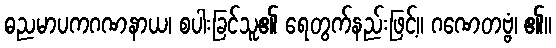
ဓညမာပကဂဏနာယ၊ စပါးခြင်သူ၏ ရေတွက်နည်းဖြင့်။ ဂဏေတဗ္ဗံ၊ ၏။